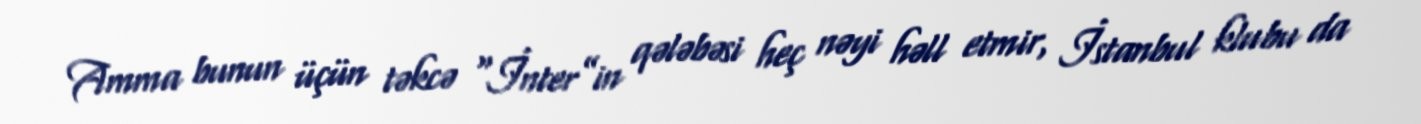
Amma bunun üçün təkcə “İnter”in qələbəsi heç nəyi həll etmir, İstanbul klubu da